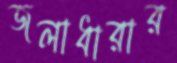
জলাধারার